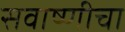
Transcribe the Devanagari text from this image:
सवाष्णीचा